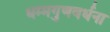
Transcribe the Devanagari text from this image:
धम्मगुणवर्धना